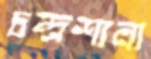
চন্দ্রশালা